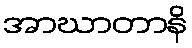
အာဃာတာနိ